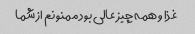
غذا و همه چیز عالی بود ممنونم از شما